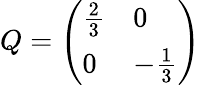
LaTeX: Q=\left(\begin{array}{ll}{{{\frac{2}{3}}}}&{{0}}\\ {{0}}&{{-{\frac{1}{3}}}}\end{array}\right)